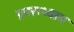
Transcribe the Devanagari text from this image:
प्रवराध्याय